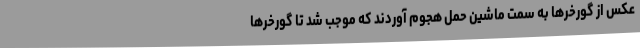
عکس از گورخرها به سمت ماشین حمل هجوم آوردند که موجب شد تا گورخرها